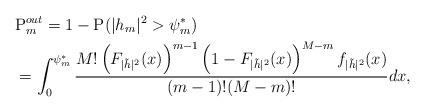
LaTeX: \begin{align*}&\mathrm{P}^{out}_{m} = 1 - \mathrm{P}( |h_m|^2>\psi_m^* )\\ &=\int^{\psi_m^*}_{0}\frac{M!\left(F_{|\tilde{h}|^2}(x)\right)^{m-1}\left(1-F_{|\tilde{h}|^2}(x)\right)^{M-m}f_{|\tilde{h}|^2}(x)}{(m-1)!(M-m)!}dx,\end{align*}